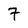
Character: 7